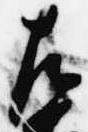
左